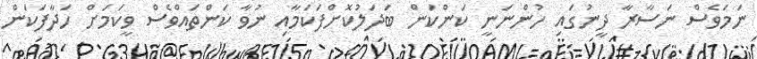
ނަމަވެސް ނަސާރާ ދީނުގައި ހުންނަނީ ކަންކަން ބަދަލުކޮށްފަކަމާއި ނުވާ ކަންތައްވެސް ވީކަމަށް ހަދާފަކަން